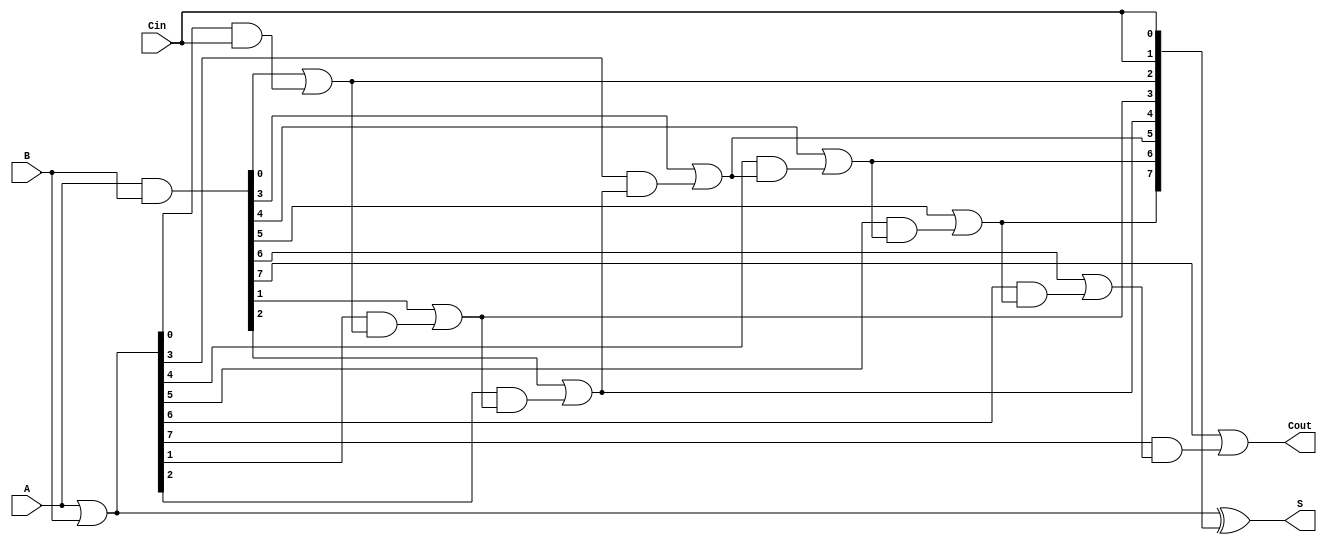
module brent_kung_adder #(parameter N = 8) (
    input  [N-1:0] A,      // First operand
    input  [N-1:0] B,      // Second operand
    input          Cin,     // Carry-in
    output [N-1:0] S,      // Sum output
    output         Cout     // Carry-out
);

    // Generate and propagate signals
    wire [N-1:0] G; // Generate
    wire [N-1:0] P; // Propagate
    wire [N:0] C;   // Carry signals

    // Generate and propagate calculations
    assign G = A & B;          // Generate
    assign P = A | B;          // Propagate

    // Carry generation using Brent-Kung logic
    assign C[0] = Cin;         // Initial carry input

    genvar i, j;
    generate
        // Carry generation tree
        for (i = 0; i < N; i = i + 1) begin: carry_gen
            if (i == 0) begin
                assign C[i + 1] = G[i] | (P[i] & C[i]); // Level 0
            end else begin
                assign C[i + 1] = G[i] | (P[i] & C[i]); // Level 1 and beyond
            end
        end
    endgenerate

    // Sum calculation
    assign S = P ^ {C[N-1:0], Cin}; // Sum calculation

    // Final carry-out
    assign Cout = C[N]; // Final carry-out

endmodule